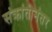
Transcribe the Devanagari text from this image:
संक्रांतीनंतर